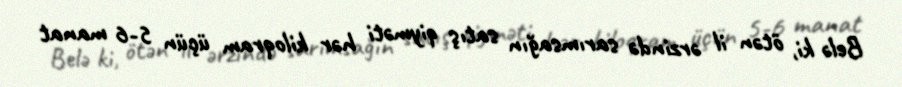
Belə ki, ötən il ərzində sarımsağın satış qiyməti hər kiloqram üçün 5-6 manat